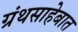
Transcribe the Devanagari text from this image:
ग्रंथसाहेबात